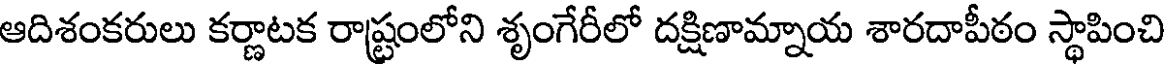
ఆదిశంకరులు కర్ణాటక రాష్ట్రంలోని శృంగేరీలో దక్షిణామ్నాయ శారదాపీఠం స్థాపించి